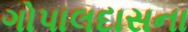
ગોપાલદાસના